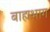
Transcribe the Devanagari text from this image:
बाह्यभाग